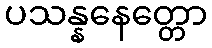
ပသန္နနေတ္တော